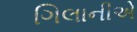
ગિલાનીએ